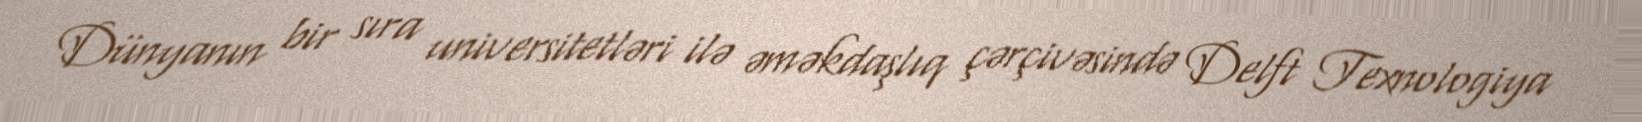
Dünyanın bir sıra universitetləri ilə əməkdaşlıq çərçivəsində Delft Texnologiya